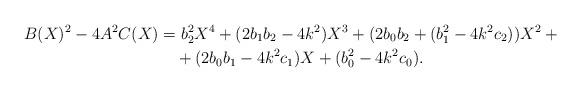
LaTeX: \begin{align*}B(X)^2-4A^2 C(X) &= b_2^2 X^4 + (2b_1b_2 - 4k^2)X^3 + (2b_0b_2 + (b_1^2 - 4k^2c_2))X^2+{} \\&\quad+ (2b_0b_1 - 4k^2c_1)X + (b_0^2 - 4k^2c_0).\end{align*}